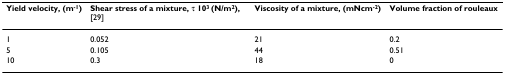
| Yield velocity, (m-1) | Shear stress of a mixture, τ 103 (N/m2), [29] | Viscosity of a mixture, (mNcm-2) | Volume fraction of rouleaux |
 | --- | --- | --- | --- |
 | 1 | 0.052 | 21 | 0.2 |
 | 5 | 0.105 | 44 | 0.51 |
 | 10 | 0.3 | 18 | 0 |